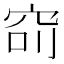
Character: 𥥎